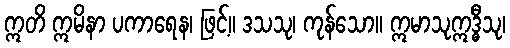
ဣတိ ဣမိနာ ပကာရေန၊ ဖြင့်။ ဒသသု၊ ကုန်သော။ ဣမာသုဣဒ္ဓီသု၊